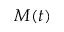
M ( t )